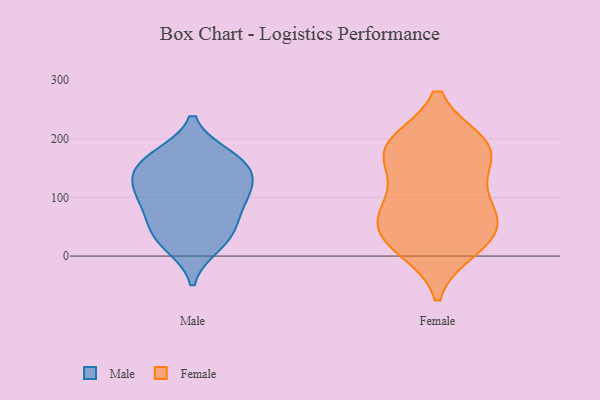
{"axis": {"x": "Market Share (%)", "y": "Value"}, "legend": ["Female", "Male"], "data": [{"x": "", "y": 169, "type": "Male"}, {"x": "", "y": 160, "type": "Male"}, {"x": "", "y": 20, "type": "Male"}, {"x": "", "y": 34, "type": "Male"}, {"x": "", "y": 110, "type": "Male"}, {"x": "", "y": 46, "type": "Male"}, {"x": "", "y": 117, "type": "Male"}, {"x": "", "y": 99, "type": "Male"}, {"x": "", "y": 76, "type": "Male"}, {"x": "", "y": 160, "type": "Male"}, {"x": "", "y": 141, "type": "Male"}, {"x": "", "y": 187, "type": "Female"}, {"x": "", "y": 73, "type": "Female"}, {"x": "", "y": 189, "type": "Female"}, {"x": "", "y": 37, "type": "Female"}, {"x": "", "y": 27, "type": "Female"}, {"x": "", "y": 191, "type": "Female"}, {"x": "", "y": 159, "type": "Female"}, {"x": "", "y": 14, "type": "Female"}, {"x": "", "y": 176, "type": "Female"}, {"x": "", "y": 44, "type": "Female"}, {"x": "", "y": 95, "type": "Female"}, {"x": "", "y": 88, "type": "Female"}]}